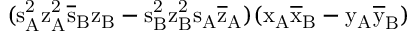
( \mathrm { s _ { A } ^ { 2 } \mathrm { z _ { A } ^ { 2 } \mathrm { \overline { { s } } _ { B } \mathrm { z _ { B } - \mathrm { s _ { B } ^ { 2 } \mathrm { z _ { B } ^ { 2 } \mathrm { s _ { A } \mathrm { \overline { { z } } _ { A } ) ( \mathrm { x _ { A } \mathrm { \overline { { x } } _ { B } - \mathrm { y _ { A } \mathrm { \overline { { y } } _ { B } ) } } } } } } } } } } } }